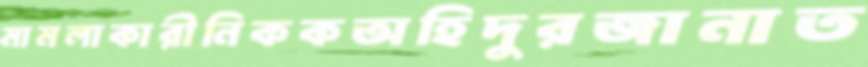
মামলাকারীনিককঅহিদুরজানাত